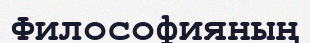
Философияның